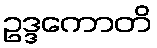
ဥဒ္ဒကောတိ